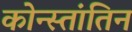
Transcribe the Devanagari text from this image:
कोन्स्तांतिन